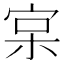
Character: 宲